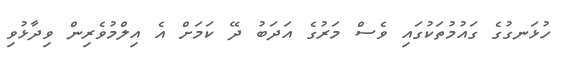
ހުޅަނގުގެ ގައުމުތަކުގައި ވެސް މަރުގެ އަދަބު ދޭ ކަމަށް އެ އިލްމުވެރިން ވިދާޅުވި